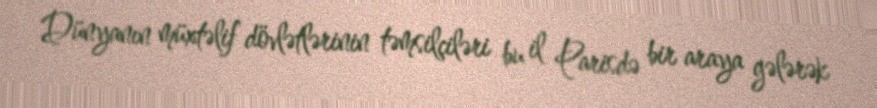
Dünyanın müxtəlif dövlətlərinin təmsilçiləri bu il Parisdə bir araya gələrək